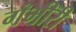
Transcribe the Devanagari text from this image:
गँभीरी